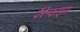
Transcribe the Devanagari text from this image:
पैरेन्काइमा